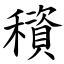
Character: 䆅